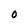
Character: O